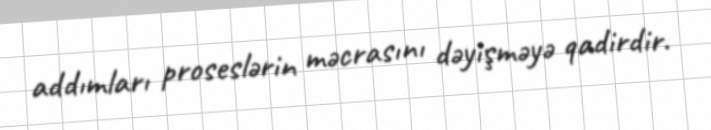
addımları proseslərin məcrasını dəyişməyə qadirdir.